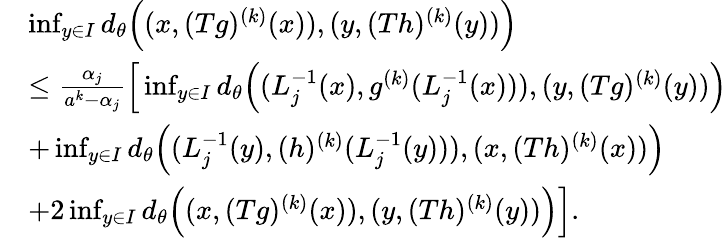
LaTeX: \begin{array}{rl}&{\operatorname*{inf}_{y\in I}d_{\theta}\Big((x,(Tg)^{(k)}(x)),(y,(Th)^{(k)}(y))\Big)}\\ &{\le\frac{\alpha_{j}}{a^{k}-\alpha_{j}}\Big[\operatorname*{inf}_{y\in I}d_{\theta}\Big((L_{j}^{-1}(x),g^{(k)}(L_{j}^{-1}(x))),(y,(Tg)^{(k)}(y))\Big)}\\ &{+\operatorname*{inf}_{y\in I}d_{\theta}\Big((L_{j}^{-1}(y),(h)^{(k)}(L_{j}^{-1}(y))),(x,(Th)^{(k)}(x))\Big)}\\ &{+2\operatorname*{inf}_{y\in I}d_{\theta}\Big((x,(Tg)^{(k)}(x)),(y,(Th)^{(k)}(y))\Big)\Big].}\end{array}